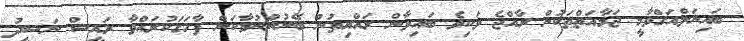
ބައިނަލްއަގްވާމީ ޖަމާއަތްތަކުން ރާއްޖެ ވަކިވެ ބައިވާން ރައްޔިތުން ބޭނުންނުވާކަން ފާހަގަކުރައްވާ ރައީސް ނަޝީދު